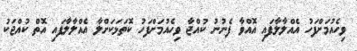
ވިހެއުމަށްފަހު އެއްލާލާފައި އޮއްވާ ފެނުނު ކުއްޖާ ވިހެއުމަށްފަހު ކޮތަޅަކަށްލާ އެއްލާލާފައި އޮތް ކުއްޖަކު